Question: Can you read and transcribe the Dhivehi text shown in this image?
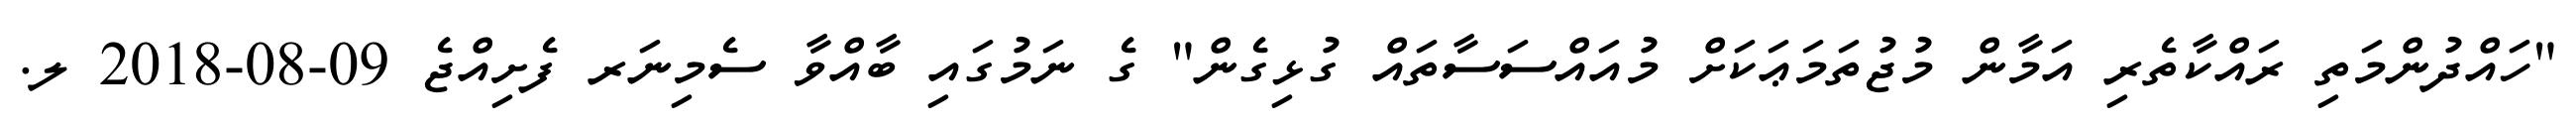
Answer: "ހައްދުންމަތި ރައްކާތެރި އަމާން މުޖުތަމަޢަކަށް މުއައްސަސާތައް ގުޅިގެން" ގެ ނަމުގައި ބާއްވާ ސެމިނަރ ފެށިއްޖެ 09-08-2018 ލ.